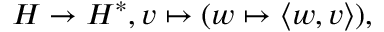
H \to H ^ { * } , v \mapsto ( w \mapsto \langle w , v \rangle ) ,